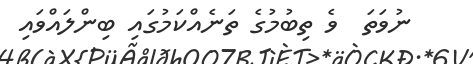
ނުވަތަ  ވެ ތިބުމުގެ ތަނެއްކަމުގައި ބިންލައްވައި